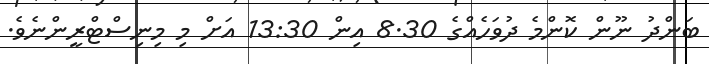
ބަންދު ނޫން ކޮންމެ ދުވަހެއްގެ 8.30 އިން 13:30 އަށް މި މިނިސްޓްރީންނެވެ.